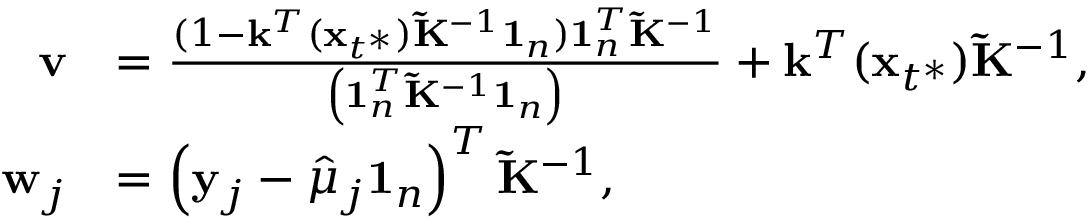
\begin{array} { r l } { \mathbf { v } } & { = \frac { ( 1 - \mathbf k ^ { T } ( \mathbf x _ { t ^ { * } } ) \mathbf { \tilde { K } } ^ { - 1 } \mathbf 1 _ { n } ) \mathbf { 1 } _ { n } ^ { T } { \mathbf { \tilde { K } } } ^ { - 1 } } { \left( \mathbf { 1 } _ { n } ^ { T } { \mathbf { \tilde { K } } } ^ { - 1 } \mathbf { 1 } _ { n } \right) } + \mathbf k ^ { T } ( \mathbf x _ { t ^ { * } } ) \mathbf { \tilde { K } } ^ { - 1 } , } \\ { \mathbf { w } _ { j } } & { = \left( \mathbf { y } _ { j } - \hat { \mu } _ { j } \mathbf { 1 } _ { n } \right) ^ { T } \mathbf { \tilde { K } } ^ { - 1 } , } \end{array}